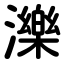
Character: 濼